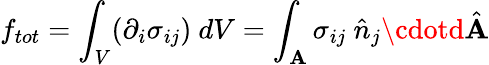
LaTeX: f_{tot}=\int_{V}(\partial_{i}\sigma_{ij})\ dV=\int_{\mathbf{A}}\sigma_{ij}\ \hat{{n}}_{j}\cdotd\hat{{\mathbf{A}}}